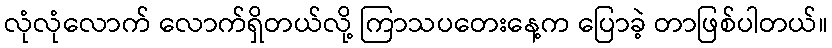
လုံလုံလောက် လောက်ရှိတယ်လို့ ကြာသပတေးနေ့က ပြောခဲ့ တာဖြစ်ပါတယ်။